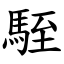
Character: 駤